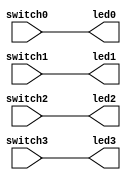
`timescale 1ns / 1ps
//////////////////////////////////////////////////////////////////////////////////
// Company: 
// 
// Design Name: First FPGA design. Pretty lame. Switches led lights
//              based on which switch was...switched
// Module Name: switch_led
// Project Name: 
// Target Devices: Arty-s7 rev. E
// Tool Versions: 
// Description: 
// 
// Dependencies: 
// 
// Revision:
// Revision 0.01 - File Created
// Additional Comments:
// 
//////////////////////////////////////////////////////////////////////////////////


module switch_led(
    input switch0,
    input switch1,
    input switch2,
    input switch3,
    
    output led0,
    output led1,
    output led2,
    output led3
    );
    
    assign led0 = switch0;
    assign led1 = switch1;
    assign led2 = switch2;
    assign led3 = switch3;
    
endmodule